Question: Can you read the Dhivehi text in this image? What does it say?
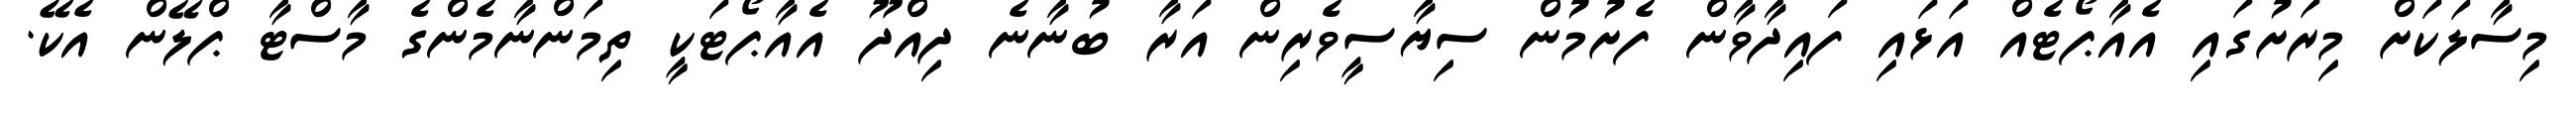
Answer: މިސާލަކަށް މިރަށުގައި އެއާޕޯޓެއް އަޅައި ފައިދާވާން ފެށުމުން ސިޔާސީވެރިން އަރާ ބުނާނެ ދިއްދޫ އެއާޕޯޓަކީ ތިމަންނާމެންގެ މާސްޓާ ޕްލޭން އެކޭ.